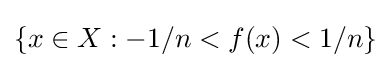
\{x\in X:-1/n<f(x)<1/n\}